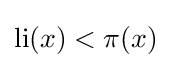
\operatorname {li} (x)<\pi (x)